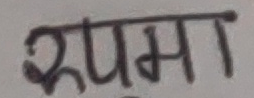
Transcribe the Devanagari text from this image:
रूपमा